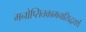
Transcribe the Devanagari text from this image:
मनोप्सितकामनासिद्धयर्थं